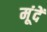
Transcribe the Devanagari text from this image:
मूंदें